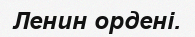
Ленин ордені.